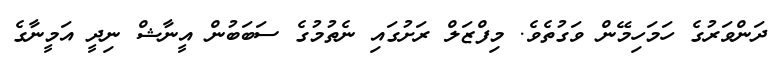
ދަންވަރުގެ ހަމަހިމޭން ވަގުތެވެ. މިފްޒަލް ރަށުގައި ނެތުމުގެ ސަބަބުން އީނާޝް ނިދީ އަމީނާގެ